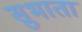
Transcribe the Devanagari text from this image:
सुभाता